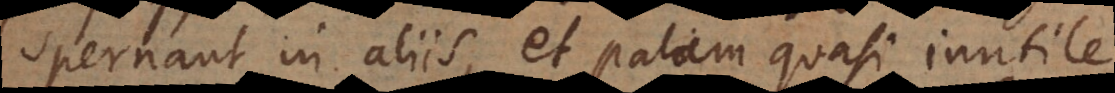
spernant in aliis, et palam quasi inutile